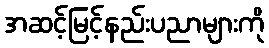
အဆင့်မြင့်နည်းပညာများကို